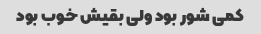
کمی شور بود ولی بقیش خوب بود